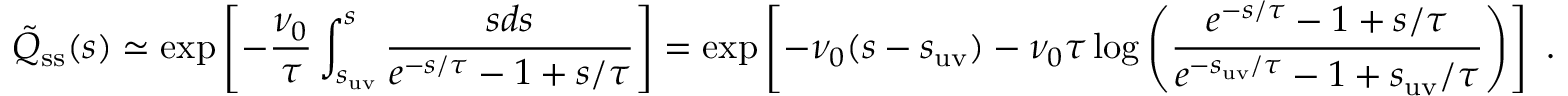
\tilde { Q } _ { \mathrm { s s } } ( s ) \simeq \exp \left[ - \frac { \nu _ { 0 } } { \tau } \int _ { s _ { \mathrm { u v } } } ^ { s } \frac { s d s } { e ^ { - s / \tau } - 1 + s / \tau } \right] = \exp \left[ - \nu _ { 0 } ( s - s _ { \mathrm { u v } } ) - \nu _ { 0 } \tau \log \left( \frac { e ^ { - s / \tau } - 1 + s / \tau } { e ^ { - s _ { \mathrm { u v } } / \tau } - 1 + s _ { \mathrm { u v } } / \tau } \right) \right] ~ .